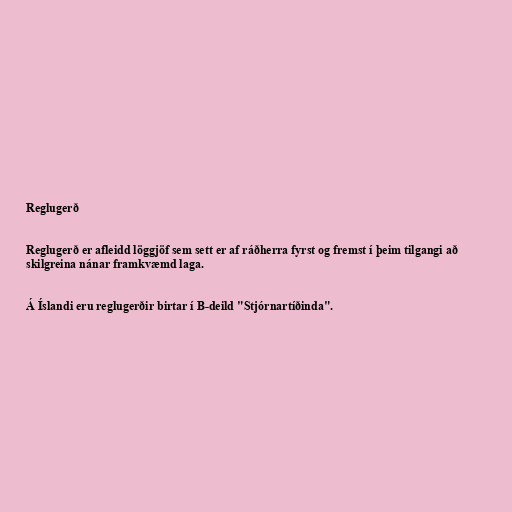
Reglugerð

Reglugerð er afleidd löggjöf sem sett er af ráðherra fyrst og fremst í þeim tilgangi að
skilgreina nánar framkvæmd laga.

Á Íslandi eru reglugerðir birtar í B-deild "Stjórnartíðinda".